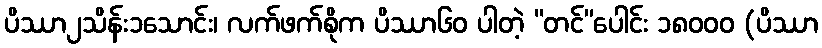
ပိဿာ၂သိန်း၁သောင်း၊ လက်ဖက်စိုက ပိဿာ၆၀ ပါတဲ့ “တင်”ပေါင်း ၁၈၀၀၀ (ပိဿာ